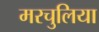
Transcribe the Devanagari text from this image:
मरचुलिया